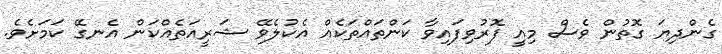
ގެންދިޔަ ގޮތުން ވެސް މިއީ ފޮރުވިފައިވާ ކަންތައްތަކެއް އެކުލެވޭ ޝަރީއަތެއްކަން އެނގޭ ކަމަށެވެ.